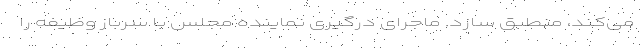
می‌کند، منطبق سازد. ماجرای درگیری نماینده مجلس با سرباز وظیفه را